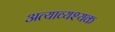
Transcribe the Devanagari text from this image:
अत्याव्यश्यक